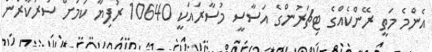
އެންމެ މަތީ ރޭންކެއްގެ ޓިޗަރުންގެ އަސާސީ މުސާރައަކީ 10640 ރުފިޔާ ކަމަށް ސަރުކާރުން